Jaan_Tonisson_(Lasteleht), lk 300
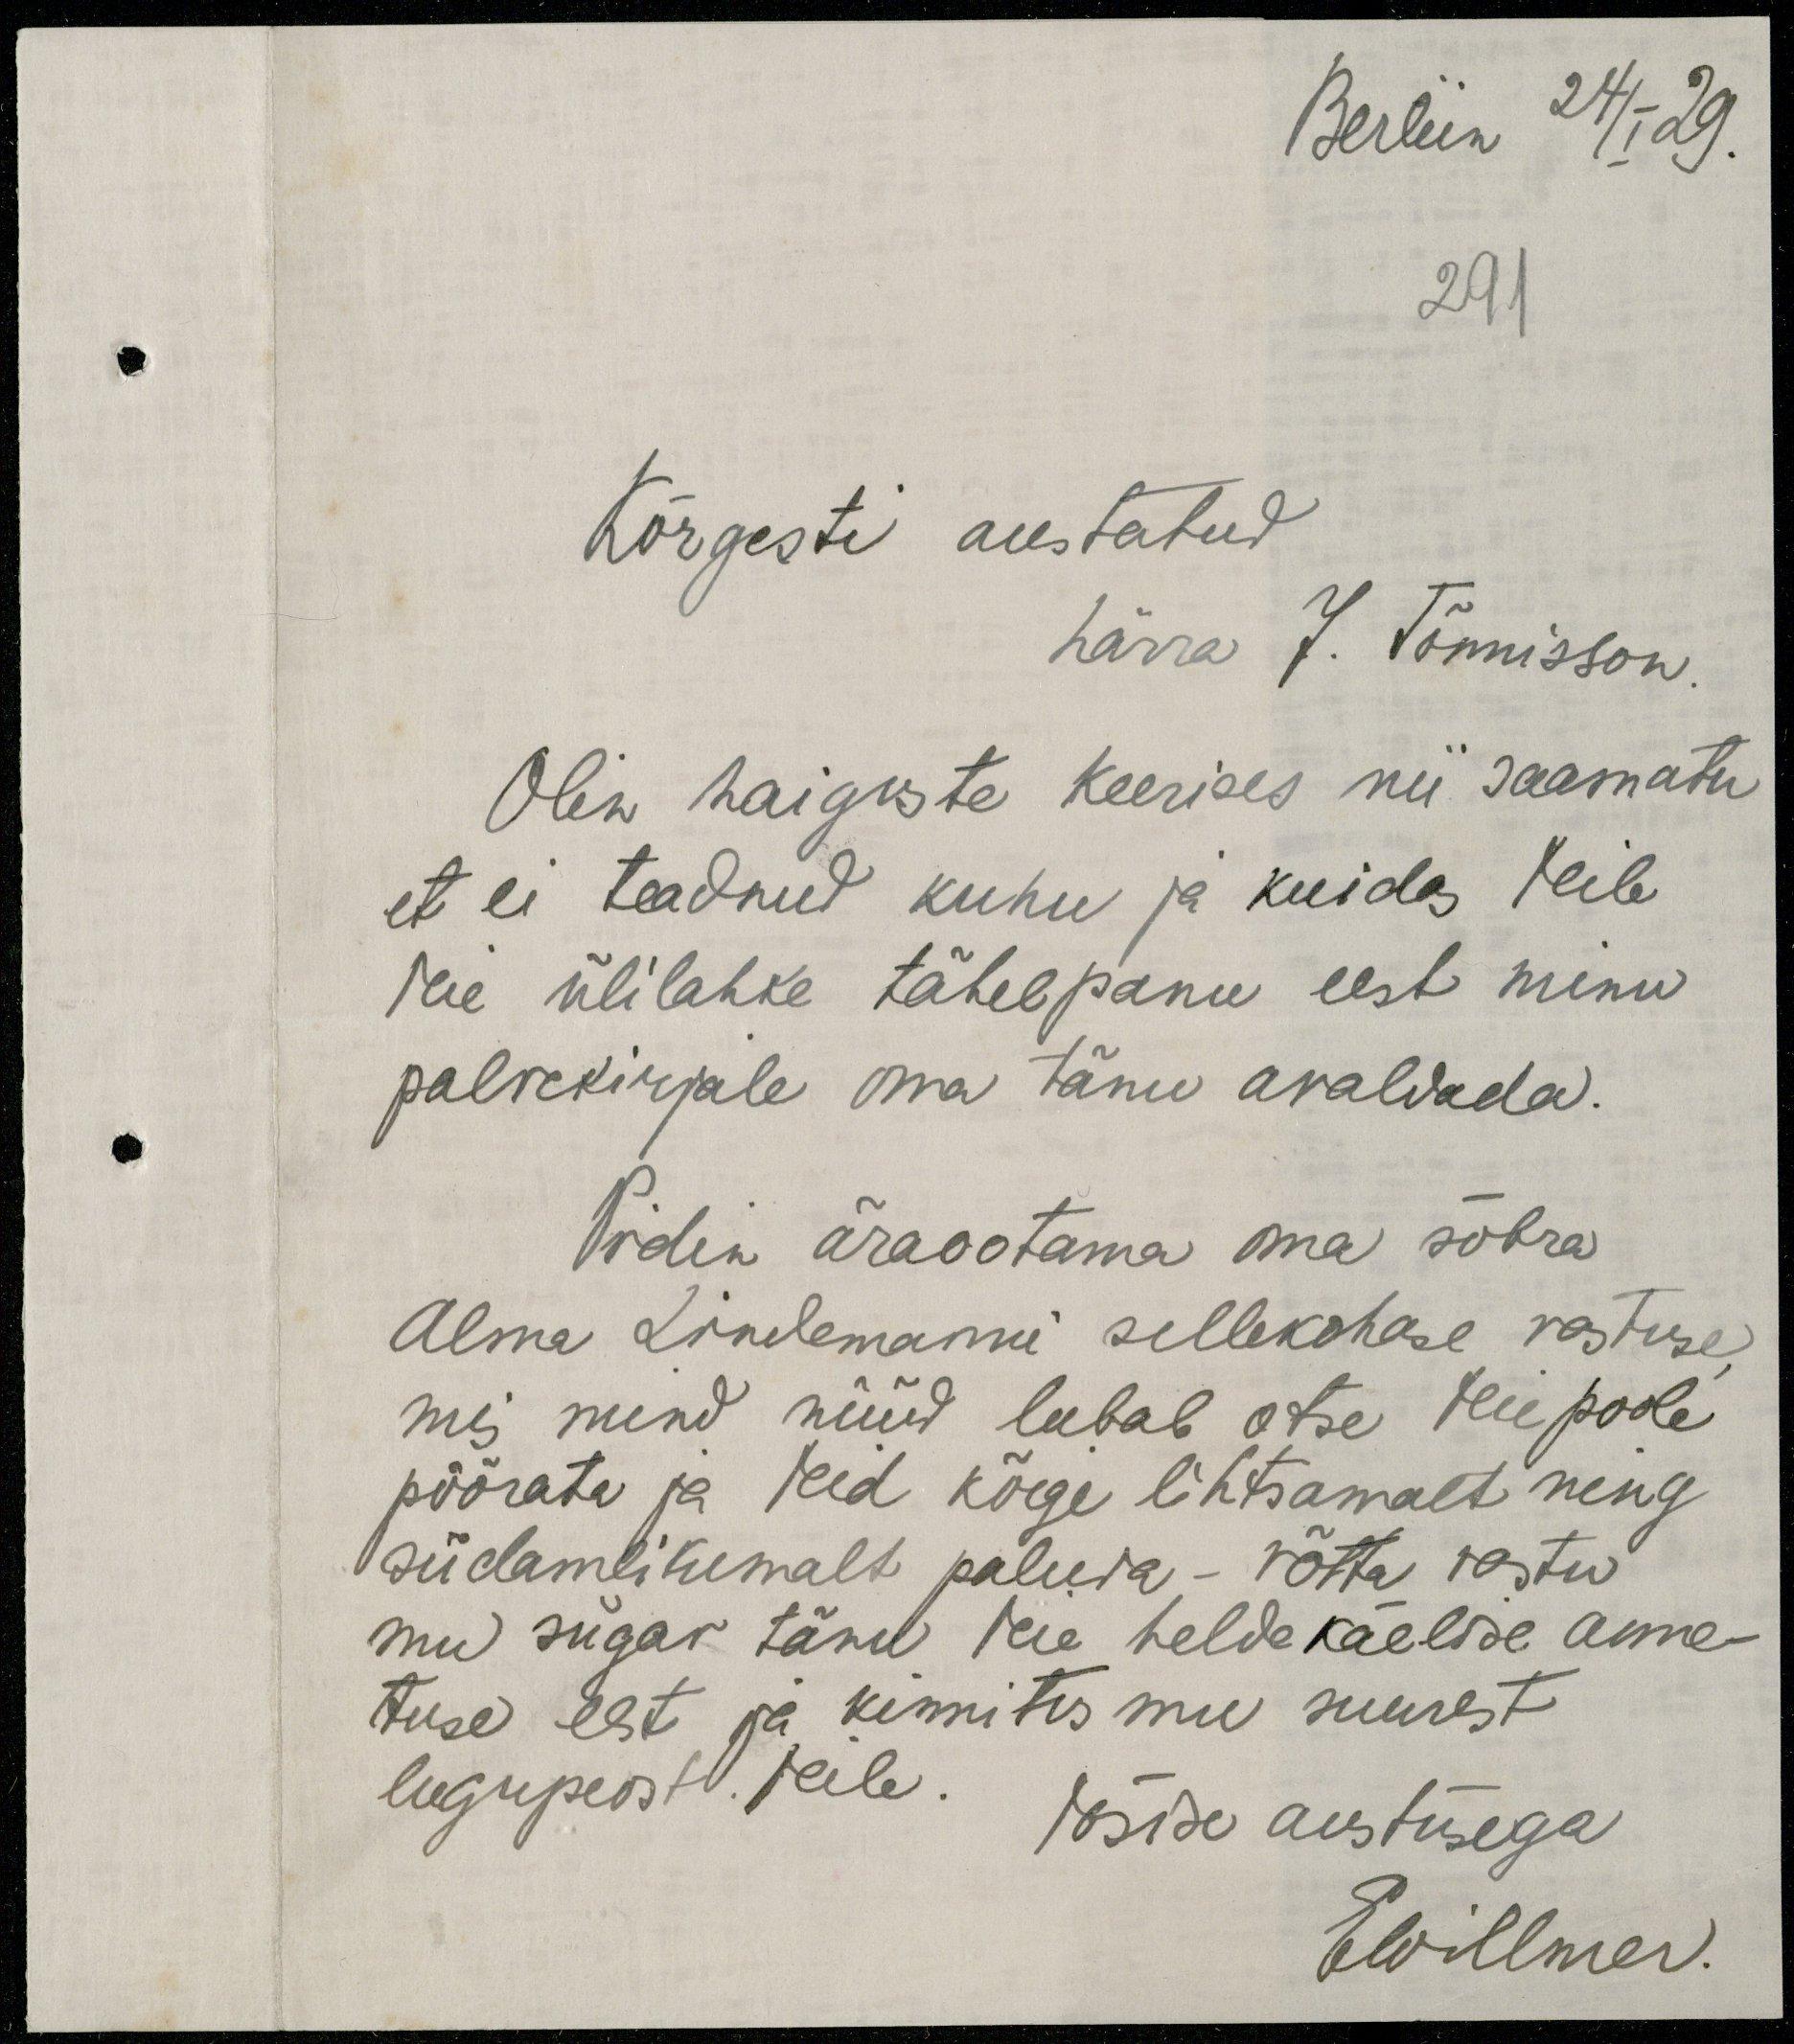
Berliin 24/I 29.
291
Kõrgesti austatud
härra J. Tõnnisson,
Olin haiguste keerises nii saamatu
et ei teadnud kuhu ja kuidas Teile
Teie ülilahke tähelepanu eest minu
palvekirjale oma tänu avaldada.
Pidin äraootama oma sõbra
Alma Lindemanni sellekohase vastuse
mis mind nüüd lubab otse Teie poole
pöörata ja Teid kõige lihtsamalt ning
südamlikemalt paluda - võtta vastu
mu sügav tänu teie helde käelise anne-
tuse eest ja kinnites mu suurest
lugupeost Teile
Tõsise austusega
EWillmer